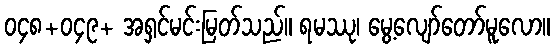
၀၄၈+၀၄၉+ အရှင်မင်းမြတ်သည်။ ရမဿု၊ မွေ့လျော်တော်မူလော။